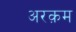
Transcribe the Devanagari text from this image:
अरक़म